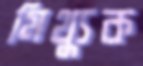
মিথ্যুক